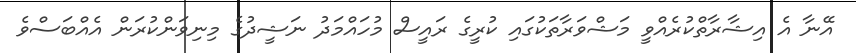
އޭނާ އެ އިޝާރާތްކުރެއްވީ މަޝްވަރާތަކުގައި ކުރީގެ ރައީސް މުހައްމަދު ނަޝީދުގެ މިނިވަންކުރަން އެއްބަސްވެ